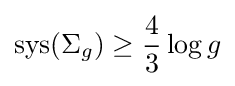
\mathrm {sys} (\Sigma _{g})\geq {\frac {4}{3}}\log g